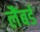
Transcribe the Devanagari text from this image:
लैंबर्ड